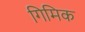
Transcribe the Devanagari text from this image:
गिमिक